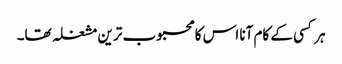
ہر کسی کے کام آنا اس کا محبوب ترین مشغلہ تھا۔